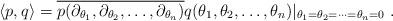
LaTeX: \begin{align*}\left< p, q \right> = \overline{p(\partial_{\theta_1}, \partial_{\theta_2}, \ldots, \partial_{\theta_n})}q( \theta_1, \theta_2, \ldots, \theta_n)|_{\theta_1=\theta_2 = \cdots=\theta_n=0}~.\end{align*}